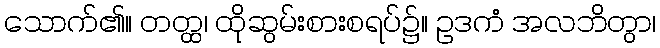
သောက်၏။ တတ္ထ၊ ထိုဆွမ်းစားစရပ်၌။ ဥဒကံ အလဘိတွာ၊